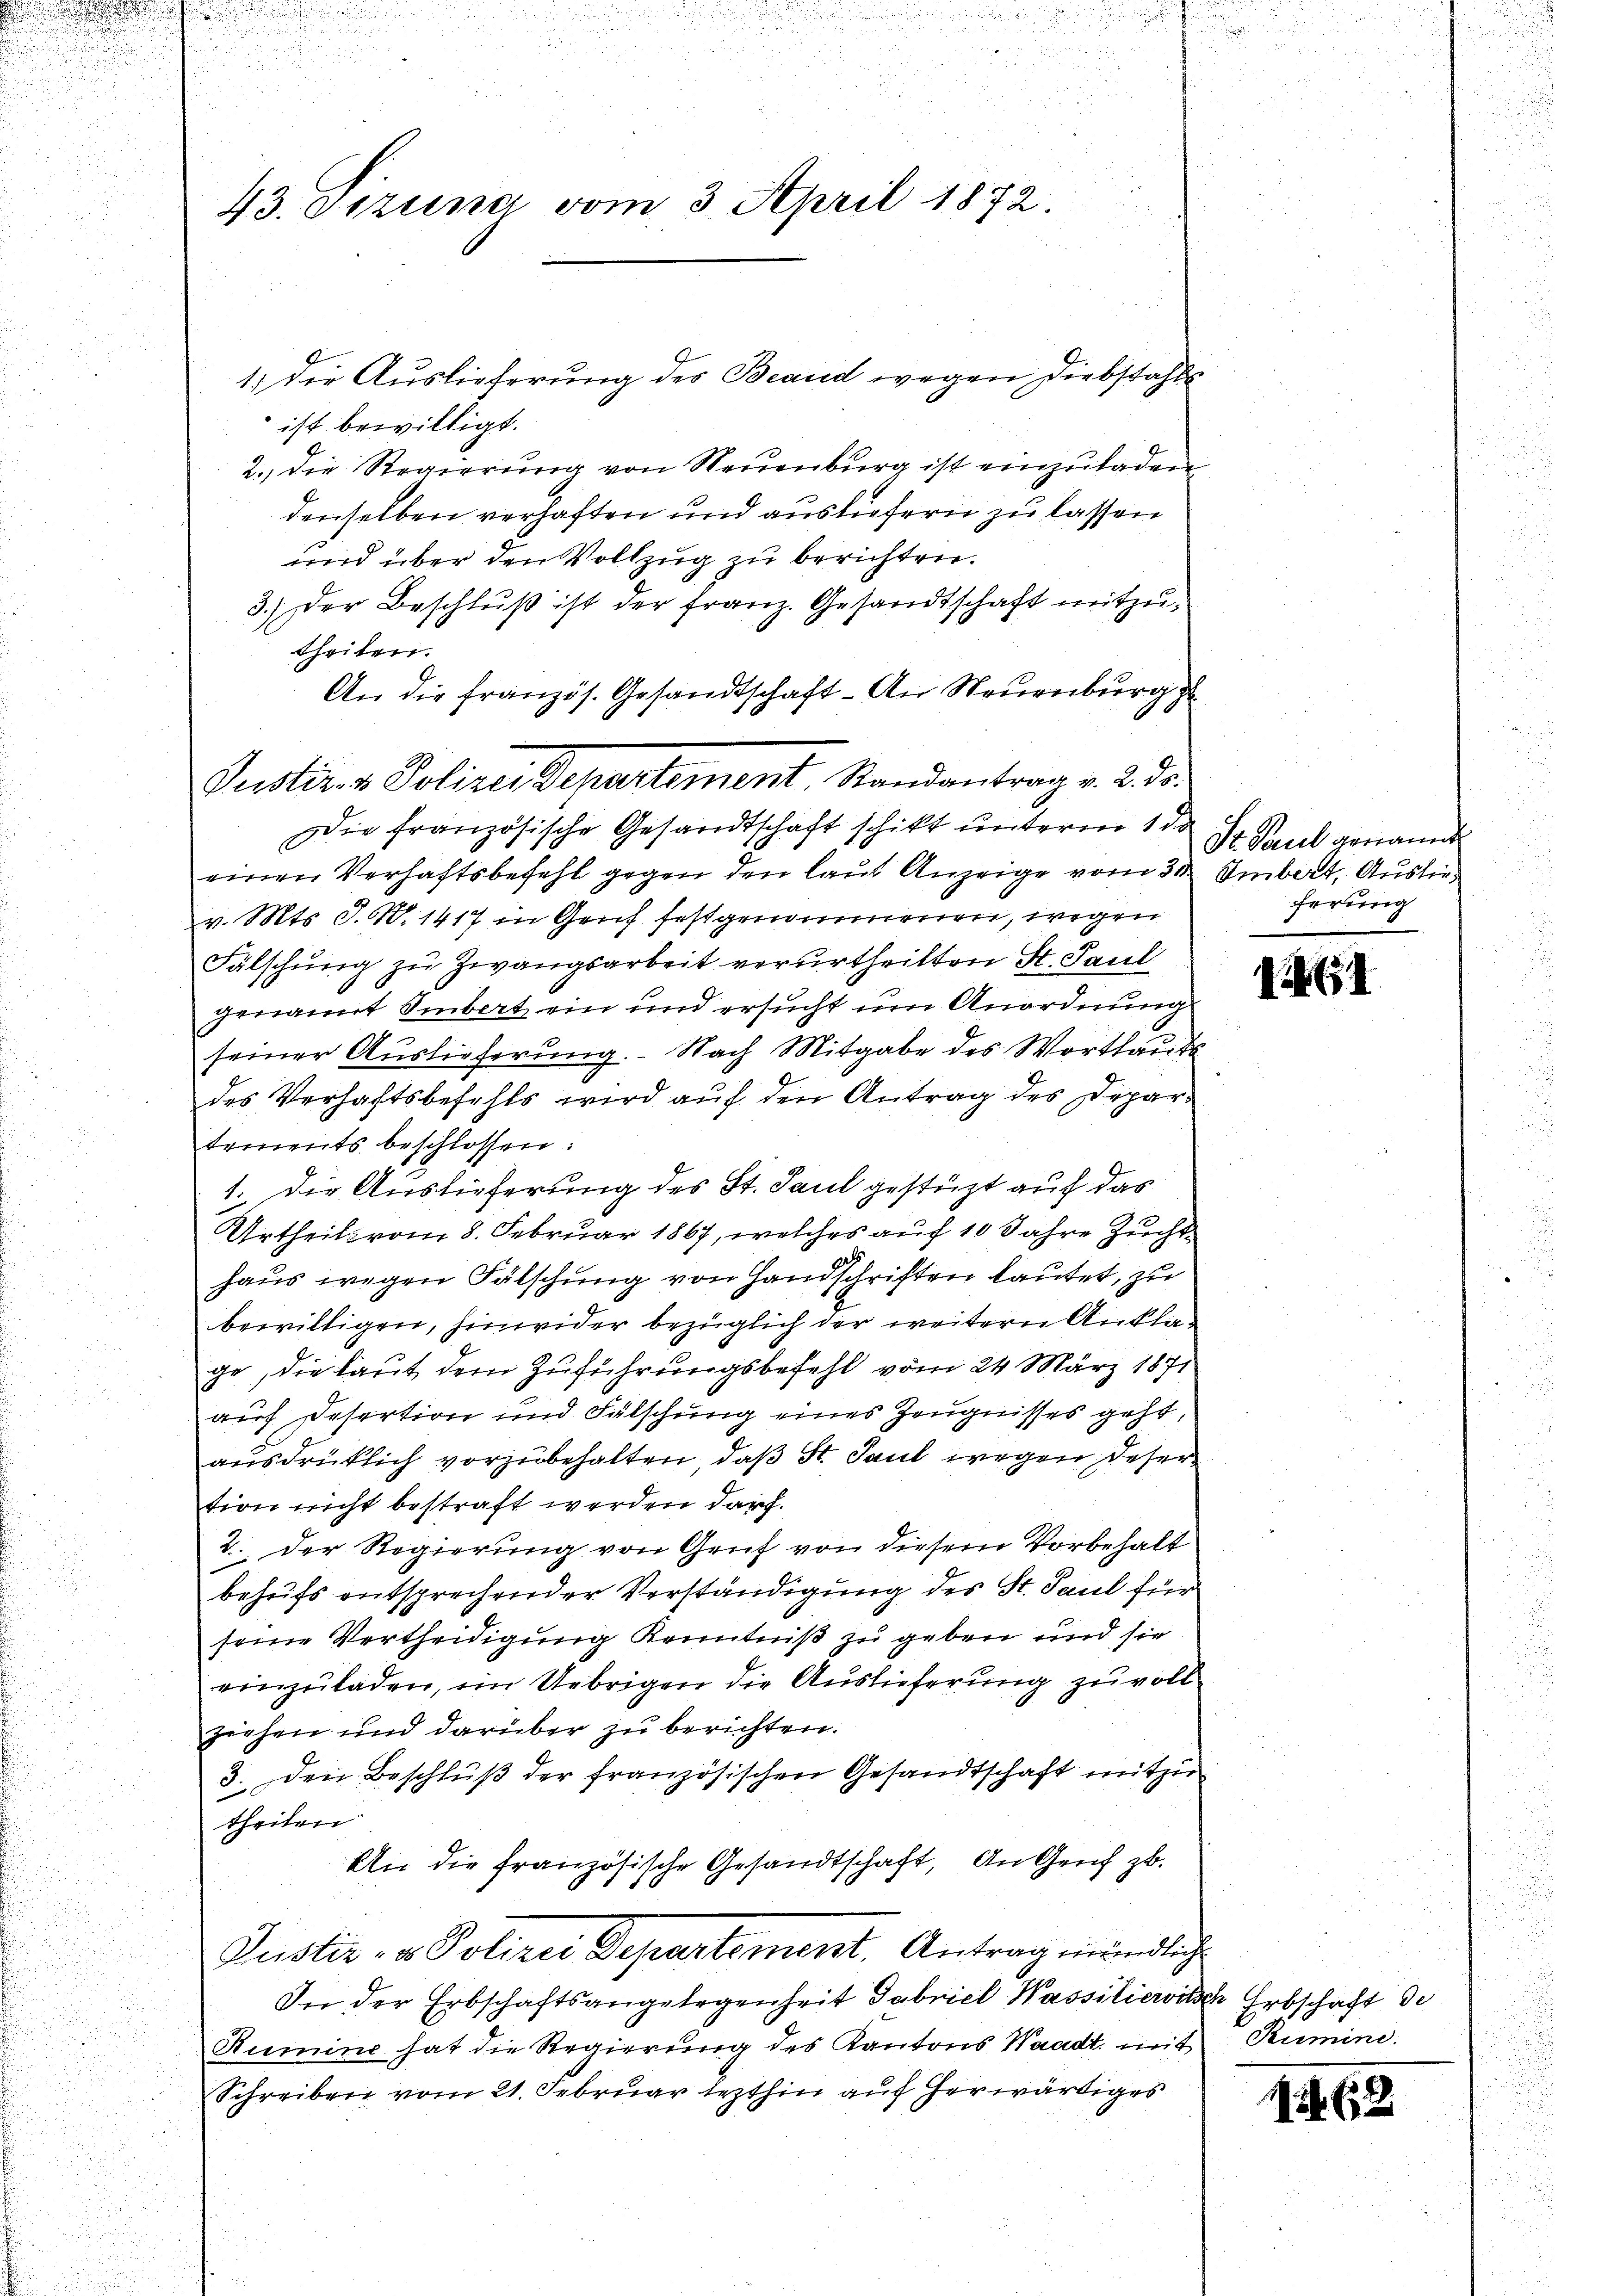
.

43. Stzung vom 3. April 1872.

1) die Auslieferung des Beaud wegen Diebstahls
ist bewilligt.
2.) Die Regierung von Neuenburg ist einzuladen
denselben verhaften und ausliefern zu lassen
und über den Vollzug zu berichten.
3.) Der Beschluß ist der Franz. Gesandtschaft mitzutheilen.
An die französ. Gesandtschaft - An Neuenburg
Die französische Gesandtschaft schikt unterm 1 de
einen Verhaftsbefehl gegen den laut Anzeige vom 30.
v. Mts. J. N. 1417 in Genf festgenommenen, wegen
Fälschung zu Zwangsarbeit verurtheilten St. Paul
genannt Smbert ein und ersucht um Anordnung
seiner Auslieferung. Nach Mitgabe des Wortlaut
des Verhaftsbefehls wird auf den Antrag des Departements beschlossen:
1. Die Auslieferung des St. Paul gestüzt auf das
Urtheils vom 8. Februar 1867, welches auf 10 Jahre Zucht
haus wegen Fälschung von Handschriften lautet, zu
bewilligen, hinwider bezüglich der weitern Anklage, die laut dem Zuführungsbefehl vom 24. März 1871
auf Desertion und Fülschung eines Zeugnisses geht,
ausdrücklich vorzubehalten, daß St. Paul wegen deser
tion nicht bestraft werden darf.
2. Der Regierung von Gruf von diesem Vorbehalt
behufs entsprechender Verständigung des St. Paul für
seine Vertheidigung Kenntniß zu geben und sie
einzuladen, im Uebrigen die Auslieferung zu voll
ziehen und darüber zu berichten.
3. Den Beschluß der französischen Gesandtschaft mitzu
theilen
Wie die französische Gesandtschaft, An Genf zb.
Justiz- u. Polizei Departement. Antrag mündlich
In der Erbschaftsangelegenheit Gabriel Wassilierisch Erbschaft de
Rumine hat die Regierung des Kantons Waadt, mit
Schreiben vom 21. Februar lezthin auf herwärtiges

Justiz- & Polizei Departement. Randantrag v. 2. ds.

St. Paul genannt
Imbert, Auslieferung

15

Rumine.

G 62